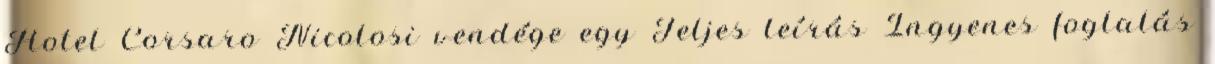
Hotel Corsaro Nicolosi vendége egy Teljes leírás Ingyenes foglalás